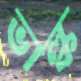
ভাল্ক